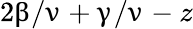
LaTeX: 2\upbeta/\upnu+\upgamma/\upnu-z